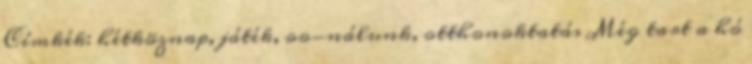
Címkék: hétköznap, játék, oo-nálunk, otthonoktatás Még tart a hó